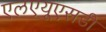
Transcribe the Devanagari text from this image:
एलएयूएसडी